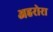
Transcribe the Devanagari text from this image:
अहरोरा